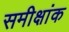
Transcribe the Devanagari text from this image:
समीक्षांक